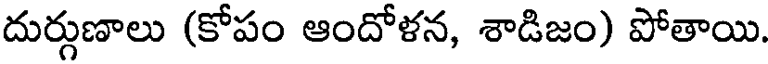
దుర్గుణాలు (కోపం ఆందోళన, శాడిజం) పోతాయి.